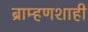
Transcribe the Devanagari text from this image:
ब्राम्हणशाही